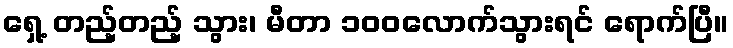
ရှေ့ တည့်တည့် သွား၊ မီတာ ၁၀၀လောက်သွားရင် ရောက်ပြီ။